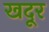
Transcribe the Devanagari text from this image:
खदूर